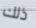
ذلك